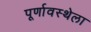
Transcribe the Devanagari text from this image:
पूर्णावस्थेला